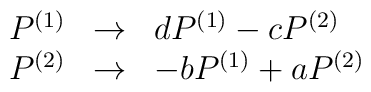
\begin{array}{rcl}P^{(1)} &\rightarrow& d P^{(1)} - c P^{(2)}\\P^{(2)} &\rightarrow& -b P^{(1)} + a P^{(2)}\end{array}